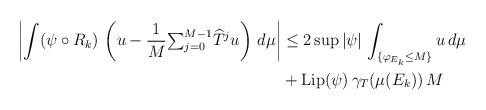
LaTeX: \begin{align*}\left\vert \int(\psi\circ R_{k})\,\left( u-\frac{1}{M}{\textstyle\sum_{j=0}^{M-1}}\widehat{T}^{j}u\right) \,d\mu\right\vert & \leq2\sup\left\vert\psi\right\vert \,\int_{\{\varphi_{E_{k}}\leq M\}}u\,d\mu\\& +\mathrm{Lip}(\psi)\,\gamma_{T}(\mu(E_{k}))\,M\end{align*}